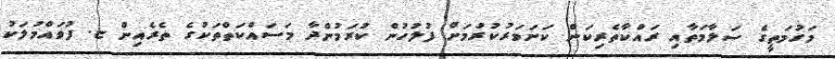
މަގުމަތީގެ ސަލާމަތާއި ރައްކާތެރިކަން ކަށަވަރުކުރުމަށް ފުލުހުން ކުރަމުންދާ މަސައްކަތްތަކުގެ ތެރެއިން ޏ. ފުވައްމުލަކު